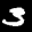
Label: 3